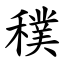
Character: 穙